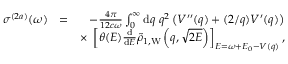
\begin{array} { r l r } { \sigma ^ { ( 2 a ) } ( \omega ) } & { = } & { - \frac { 4 \pi } { 1 2 c \omega } \int _ { 0 } ^ { \infty } \ensuremath { \mathrm { d } } q \; q ^ { 2 } \left( V ^ { \prime \prime } ( q ) + ( 2 / q ) V ^ { \prime } ( q ) \right) } \\ & { } & { \times \; \left[ \theta ( E ) \frac { \ensuremath { \mathrm { d } } } { \ensuremath { \mathrm { d } } E } \tilde { \rho } _ { 1 , \mathrm { W } } \left( q , \sqrt { 2 E } \right) \right] _ { E = \omega + E _ { 0 } - V ( q ) } , } \end{array}